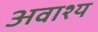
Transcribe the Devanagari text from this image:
अवाश्य